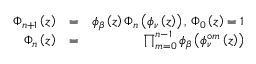
\begin{array} { r l r } { \Phi _ { n + 1 } \left( z \right) } & { = } & { \phi _ { \beta } \left( z \right) \Phi _ { n } \left( \phi _ { \nu } \left( z \right) \right) \mathrm { , ~ } \Phi _ { 0 } \left( z \right) = 1 } \\ { \Phi _ { n } \left( z \right) } & { = } & { \prod _ { m = 0 } ^ { n - 1 } \phi _ { \beta } \left( \phi _ { \nu } ^ { \circ m } \left( z \right) \right) } \end{array}